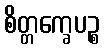
စိတ္တက္ခေပဉ္စ